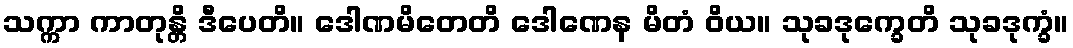
သက္ကာ ကာတုန္တိ ဒီပေတိ။ ဒေါဏမိတေတိ ဒေါဏေန မိတံ ဝိယ။ သုခဒုက္ခေတိ သုခဒုက္ခံ။